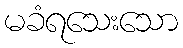
မခံရသေးသော